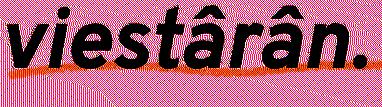
viestârân.